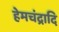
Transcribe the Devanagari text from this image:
हेमचंद्रादि